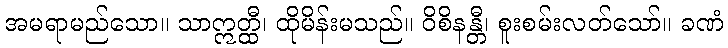
အမရာမည်သော။ သာဣတ္ထီ၊ ထိုမိန်းမသည်။ ဝိစိနန္တီ၊ စူးစမ်းလတ်သော်။ ခဏံ